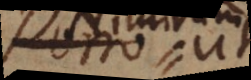
Porro ut